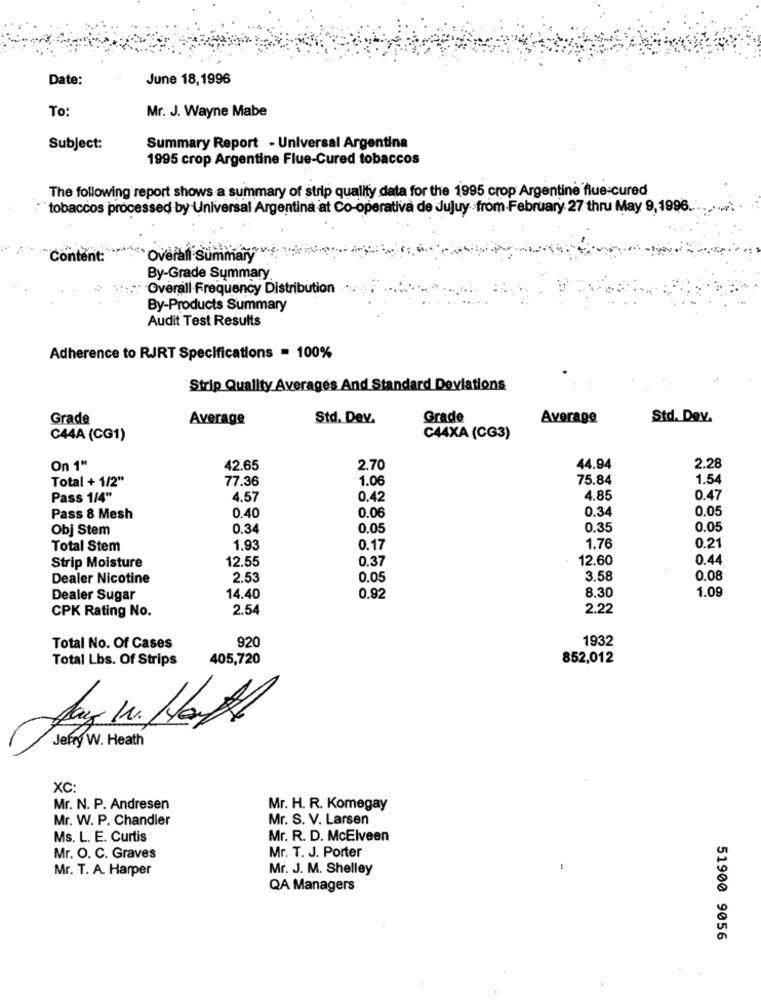
Date:
June 18,1996
To:
Mr. J. Wayne Mabe
Subject:
Summary Report - Universal Argentina
1995 crop Argentine Flue-Cured tobaccos
The following report shows a summary of strip quality data for the 1995 crop Argentine flue-cured
tobaccos processed by Universal Argentina at Co-operativa de Jujuyfrom-February 27 thru May 9,1996 ..
Content:
** Overall Summary
By-Grade Summary
:" Overall Frequency Distribution
By-Products Summary
Audit Test Results
Adherence to RJRT Specifications = 100%
Strip Quality Averages And Standard Deviations
Grade
Average
Std. Dev.
Grade
Average
Std. Dev.
C44A (CG1)
C44XA (CG3)
On 1"
42.65
2.70
44.94
2.28
Total + 1/2"
77.36
1.06
75.84
1.54
Pass 1/4"
4.57
0.42
4.85
0.47
0.40
0.06
0.34
0,05
Pass 8 Mesh
Obj Stem
0.34
0.05
0.35
0.05
1.76
Total Stem
1.93
0.17
0.21
12.55
0.37
12.60
0.44
Strip Moisture
Dealer Nicotine
2.53
0.05
3.58
0.08
8.30
1.09
Dealer Sugar
14.40
0.92
CPK Rating No.
2.54
2.22
920
1932
Total No. Of Cases
Total Lbs. Of Strips
405,720
852,012
Jefry W. Heath
XC:
Mr. N. P. Andresen
Mr. H. R. Komegay
Mr. W. P. Chandler
Mr. S. V. Larsen
Ms. L. E. Curtis
Mr. R. D. McElveen
Mr. T. J. Porter
Mr. O. C. Graves
Mr. T. A. Harper
Mr. J. M. Shelley
QA Managers
51900 9056